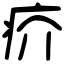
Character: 疥